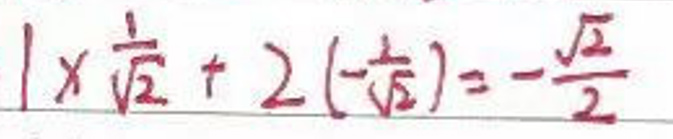
$1\times\frac{1}{\sqrt{2}}+2\times(-\frac{1}{\sqrt{2}})=-\frac{\sqrt{2}}{2}$